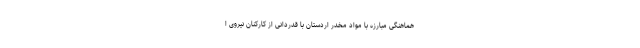
هماهنگی مبارزه با مواد مخدر اردستان با قدردانی از کارکنان نیروی ا